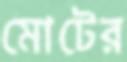
মোটের